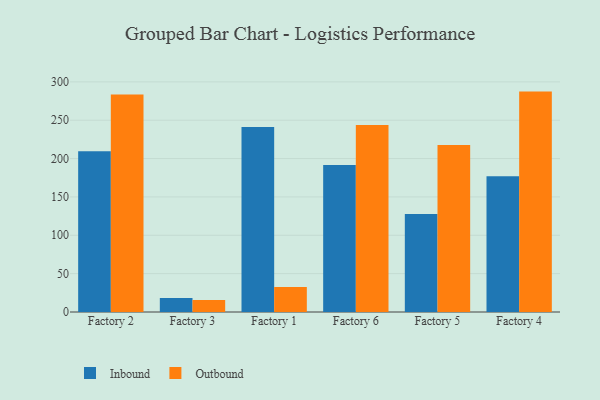
{"axis": {"x": "Factory", "y": "Revenue (USD Million)"}, "legend": ["Inbound", "Outbound"], "data": [{"x": "Factory 2", "y": 209.7, "type": "Inbound"}, {"x": "Factory 2", "y": 283.4, "type": "Outbound"}, {"x": "Factory 3", "y": 18.4, "type": "Inbound"}, {"x": "Factory 3", "y": 15.6, "type": "Outbound"}, {"x": "Factory 1", "y": 241.0, "type": "Inbound"}, {"x": "Factory 1", "y": 32.7, "type": "Outbound"}, {"x": "Factory 6", "y": 191.6, "type": "Inbound"}, {"x": "Factory 6", "y": 243.7, "type": "Outbound"}, {"x": "Factory 5", "y": 127.7, "type": "Inbound"}, {"x": "Factory 5", "y": 217.8, "type": "Outbound"}, {"x": "Factory 4", "y": 177.0, "type": "Inbound"}, {"x": "Factory 4", "y": 287.3, "type": "Outbound"}]}